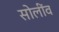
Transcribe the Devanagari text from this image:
सोलींव